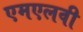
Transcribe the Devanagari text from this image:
एमएलवी